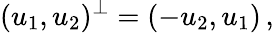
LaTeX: (u_{1},u_{2})^{\perp}=(-u_{2},u_{1})\, ,